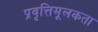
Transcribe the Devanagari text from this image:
प्रवृत्तिमूलकता